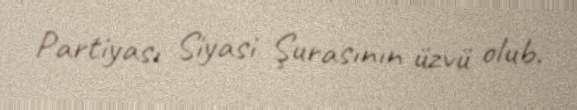
Partiyası Siyasi Şurasının üzvü olub.